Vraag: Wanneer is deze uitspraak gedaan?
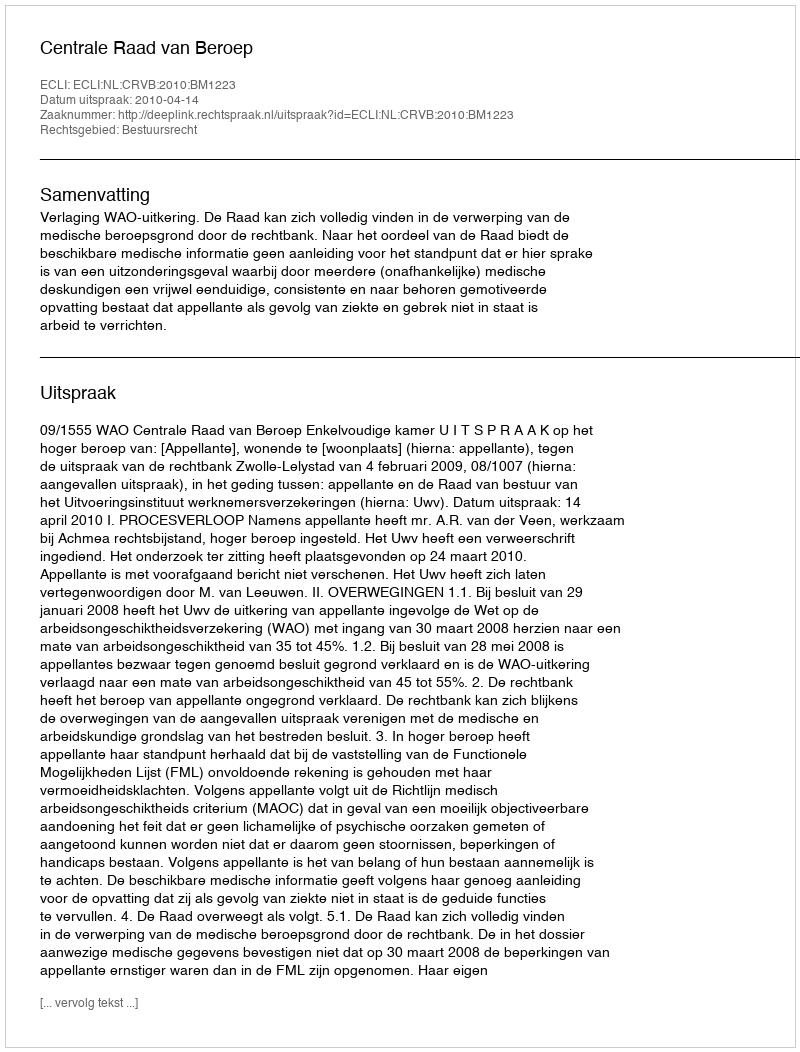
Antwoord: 2010-04-14